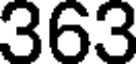
363